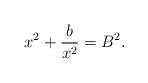
LaTeX: \begin{align*}x^2 + \frac{b}{x^2} = B^2.\end{align*}